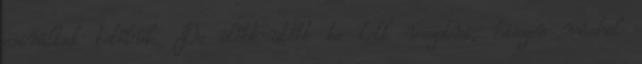
csináltak belőlük. De előbb-utóbb be kell vezetni, hiszen máshol